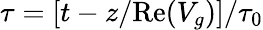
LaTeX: \tau=[t-z/\textrm{Re}(V_{g})]/\tau_{0}